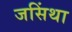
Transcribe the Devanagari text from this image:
जसिंथा